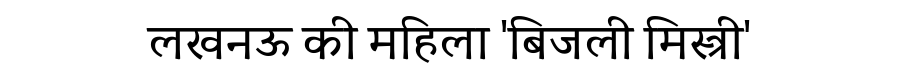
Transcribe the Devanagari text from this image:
लखनऊ की महिला 'बिजली मिस्त्री'